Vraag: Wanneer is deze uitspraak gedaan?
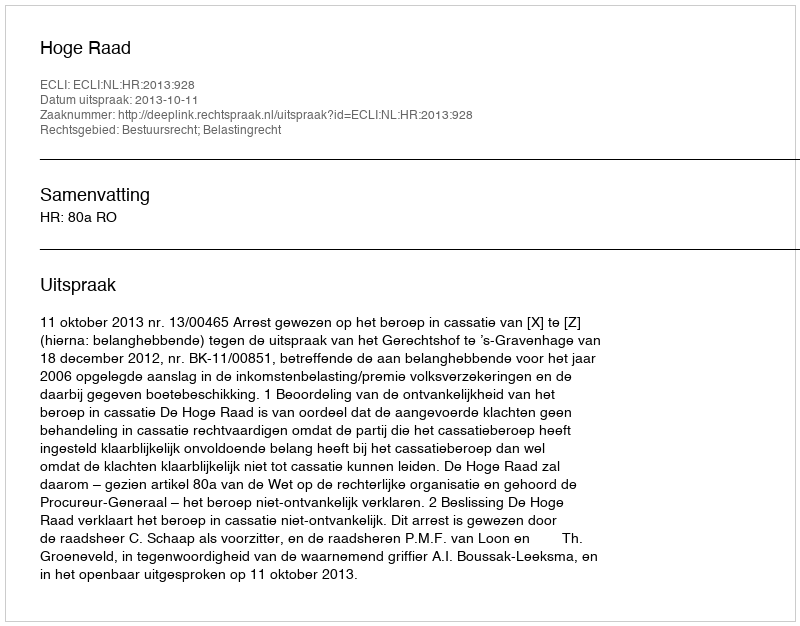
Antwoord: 2013-10-11